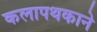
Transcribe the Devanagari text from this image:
कलापथकाने